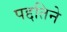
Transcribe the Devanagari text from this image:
पद्दतिने